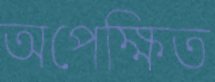
অপেক্ষিত